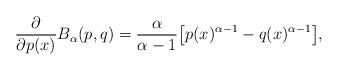
LaTeX: \begin{align*}\dfrac{\partial}{\partial p(x)}B_\alpha(p,q)=\dfrac{\alpha}{\alpha-1}\big[p(x)^{\alpha-1}-q(x)^{\alpha-1}\big],\end{align*}